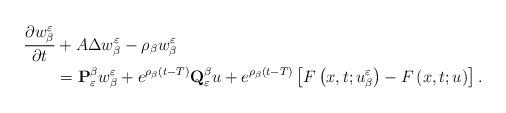
LaTeX: \begin{align*}\frac{\partial w_{\beta}^{\varepsilon}}{\partial t} & +A\Delta w_{\beta}^{\varepsilon}-\rho_{\beta}w_{\beta}^{\varepsilon} \\& =\mathbf{P}_{\varepsilon}^{\beta}w_{\beta}^{\varepsilon}+e^{\rho_{\beta}\left(t-T\right)}\mathbf{Q}_{\varepsilon}^{\beta}u +e^{\rho_{\beta}\left(t-T\right)}\left[F\left(x,t;u_{\beta}^{\varepsilon}\right)-F\left(x,t;u\right)\right].\end{align*}